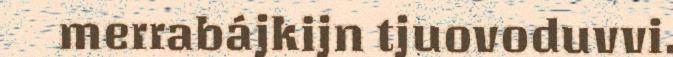
merrabájkijn tjuovoduvvi.